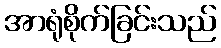
အာရုံစိုက်ခြင်းသည်